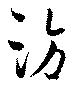
訪